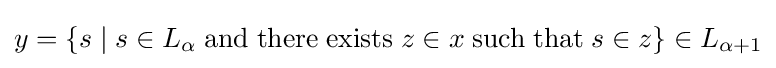
y=\{s\mid s\in L_{\alpha }\;\mathrm {and} \;\mathrm {there} \;\mathrm {exists} \;z\in x\;\mathrm {such} \;\mathrm {that} \;s\in z\}\in L_{\alpha +1}